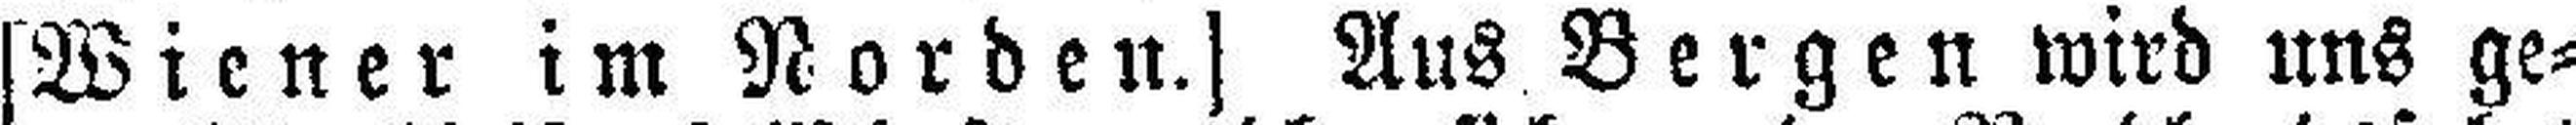
[Wiener im Norden.] Aus Bergen wird uns ge¬